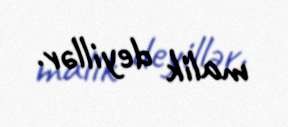
malik deyillər.